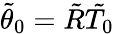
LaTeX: \tilde{\theta}_{0}=\tilde{R}\tilde{T_{0}}